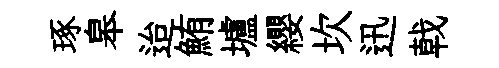
琢皋迨鮪壚纓坎迅戟